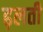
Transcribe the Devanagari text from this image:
ढ़लती